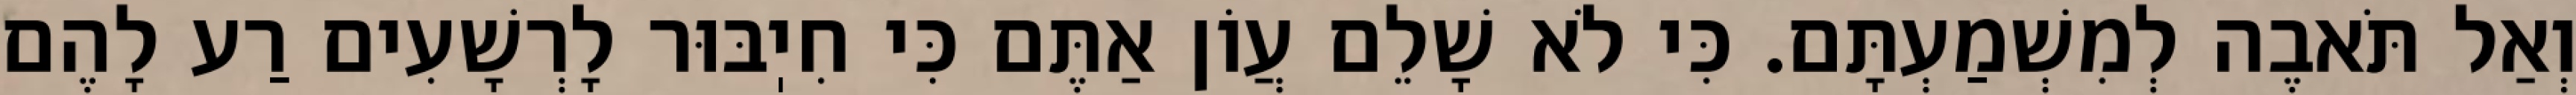
וְאַל תֹּאבֶה לְמִשְׁמַעְתָּם. כִּי לֹא שָׁלֵם עֲוֹן אַתֶּם כִּי חִיֽבּוּר לָרְשָׁעִים רַע לָהֶם